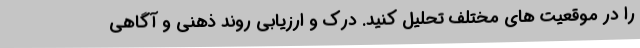
را در موقعیت های مختلف تحلیل کنید. درک و ارزیابی روند ذهنی و آگاهی